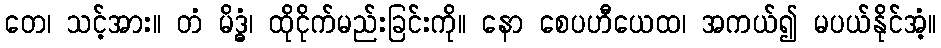
တေ၊ သင့်အား။ တံ မိဒ္ဓံ၊ ထိုငိုက်မည်းခြင်းကို။ နော စေပဟီယေထ၊ အကယ်၍ မပယ်နိုင်အံ့။